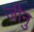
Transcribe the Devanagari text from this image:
जीनु